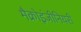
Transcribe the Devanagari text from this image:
मैक्रोइंजीनियरी